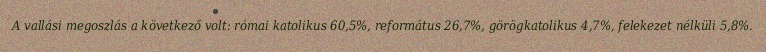
A vallási megoszlás a következő volt: római katolikus 60,5%, református 26,7%, görögkatolikus 4,7%, felekezet nélküli 5,8%.